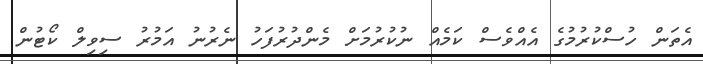
އެތަން ހުސްކުރުމުގެ އެއްވެސް ކަމެއް ނުކުރުމަށް މެންދުރުފަހު ނެރުނު އަމުރު ސިވިލް ކޯޓުން